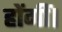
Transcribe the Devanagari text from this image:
होंगीं।